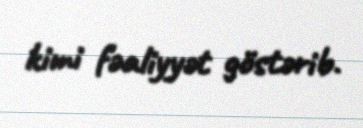
kimi fəaliyyət göstərib.